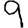
Digit: 9